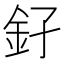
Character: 𨥂